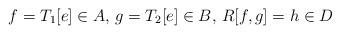
LaTeX: \begin{align*} f=T_1[e]\in A,\,g=T_2[e]\in B,\,R[f,g]=h\in D \end{align*}